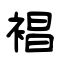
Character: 裮